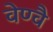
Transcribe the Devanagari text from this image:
वेण्वै